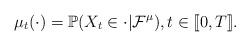
LaTeX: \begin{align*}\mu_t(\cdot)=\mathbb{P}(X_{t}\in \cdot | \mathcal{F}^\mu ), t \in [\![0,T]\!].\end{align*}